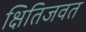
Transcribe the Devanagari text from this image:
क्षितिजवत